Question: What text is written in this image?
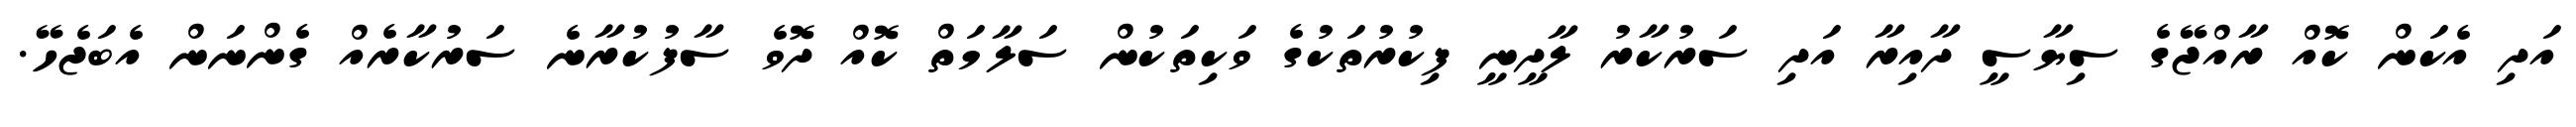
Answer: އަދި އެކަން ކޮއް ރާއްޖޭގެ ސިޔާސީ ދާއިރާ އަދި ސަރުކާރު ލާދީނީ ފިކުރުތަކުގެ ވަކިތަކުން ސަލާމަތް ކޮއް ދޮވެ ސާފުކުރާނެ ސަރުކާރެއް ގެންނަން އެބަޖެހޭ.